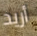
أريد